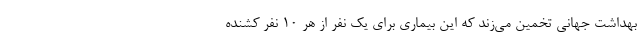
بهداشت جهانی تخمین می‌زند که این بیماری برای یک نفر از هر ۱۰ نفر کشنده